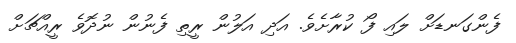
ފެންގަނޑަށް ލައި ފޯ ކުރާށެވެ. އަދި އަލުން ރީތި ފެނުން ނުދޮވެ ރީއްޗަށް